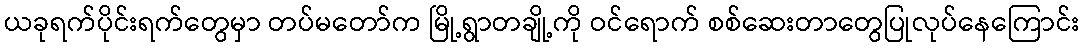
ယခုရက်ပိုင်းရက်တွေမှာ တပ်မတော်က မြို့ရွာတချို့ကို ဝင်ရောက် စစ်ဆေးတာတွေပြုလုပ်နေကြောင်း